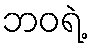
ဘဝရဲ့